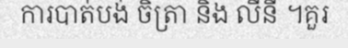
ការបាត់បង់ ចិត្រា និង លីនី ។គួរ